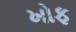
ખોફ